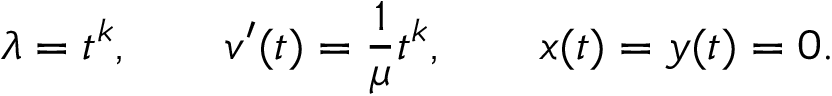
\lambda = t ^ { k } , \qquad v ^ { \prime } ( t ) = { \frac { 1 } { \mu } } t ^ { k } , \qquad x ( t ) = y ( t ) = 0 .